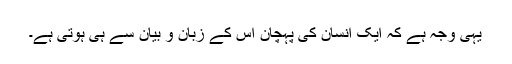
یہی وجہ ہے کہ ایک انسان کی پہچان اس کے زبان و بیان سے ہی ہوتی ہے۔